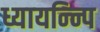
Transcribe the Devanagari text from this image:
ध्यायन्न्पि